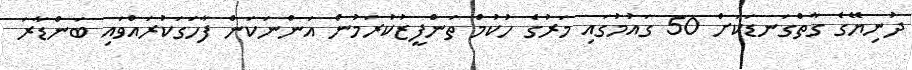
ދުނިޔޭގެ ގާތްގަނޑަކަށް 50 ގައުމުގައި މަރުގެ ހުކުމް ތަންފީޒުކުރަމުން އަންނަކަން ފާހަގަކުރައްވައި ބަންޑާރަ